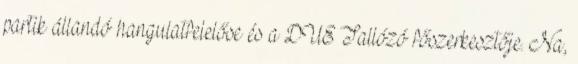
partik állandó hangulatfelelőse és a DUE Tallózó főszerkesztője. Na,